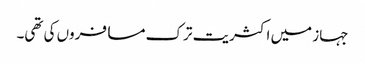
جہاز میں اکثریت ترک مسافروں کی تھی۔